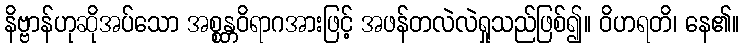
နိဗ္ဗာန်ဟုဆိုအပ်သော အစ္စန္တဝိရာဂအားဖြင့် အဖန်တလဲလဲရှုသည်ဖြစ်၍။ ဝိဟရတိ၊ နေ၏။